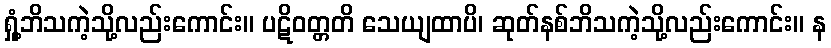
ရှုံ့ဘိသကဲ့သို့လည်းကောင်း။ ပဋိဝတ္တတိ သေယျထာပိ၊ ဆုတ်နစ်ဘိသကဲ့သို့လည်းကောင်း။ န